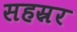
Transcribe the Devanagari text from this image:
सहस्रर